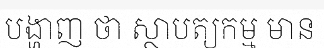
បង្ហាញ ថា ស្ថាបត្យកម្ម មាន